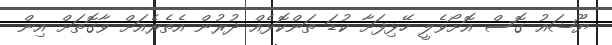
ޔޫޝައު ގޮސް އޮށޯވެލީ ހޭޅިފަށާ ކުޑަ ތަންކޮޅެއް ދުރުން އެތެރެއަށް ވާގޮތަށް އިން